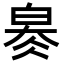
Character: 𤽬